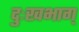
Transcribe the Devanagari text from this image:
दुःखभाग्